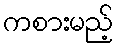
ကစားမည့်